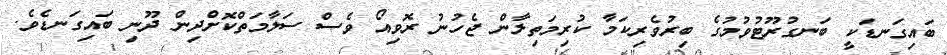
ބައިގަނޑަކީ ބަނގުރޫޓުވުމުގެ ބިރުވެރިކަމާ ކުރިމަތިލާން ޖެހުނު ރޮވިއޯ ވެސް ސަލާމަތްކޮށްދިން ދޫނި ބައިގަނޑެވެ.